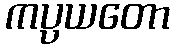
ကပ္ပယတော